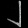
Digit: ၂